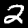
Digit: 2